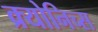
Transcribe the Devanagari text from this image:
क्र्योनिच्स